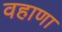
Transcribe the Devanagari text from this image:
वहाणा